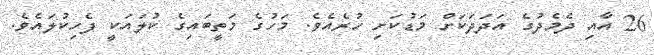
26 އާއި ދެމެދުގެ އަދަދަަކަށް މަޑުކަށި ހުރެއެވެ. މަހުގެ މަތީބައިގެ ކުލައަކީ ފެހިކުލައެވެ.